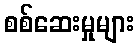
စစ်ဆေးမှုများ